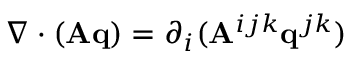
\nabla \cdot ( \mathbf { A } \mathbf { q } ) = \partial _ { i } ( \mathbf { A } ^ { i j k } \mathbf { q } ^ { j k } )